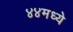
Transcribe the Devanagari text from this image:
४४मध्ये